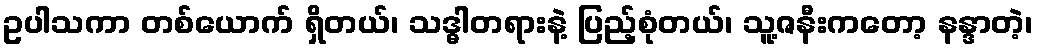
ဥပါသကာ တစ်ယောက် ရှိတယ်၊ သဒ္ဓါတရားနဲ့ ပြည့်စုံတယ်၊ သူ့ဇနီးကတော့ နန္ဒာတဲ့၊